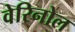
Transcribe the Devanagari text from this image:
वेरिनोल